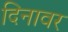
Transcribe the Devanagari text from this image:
दिनावर